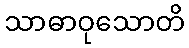
သာဓာဝုသောတိ